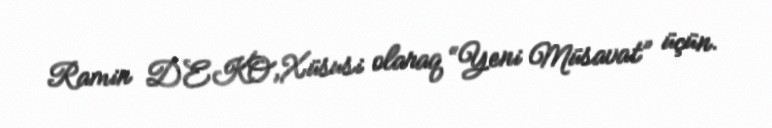
Ramin DEKO,Xüsusi olaraq “Yeni Müsavat” üçün.